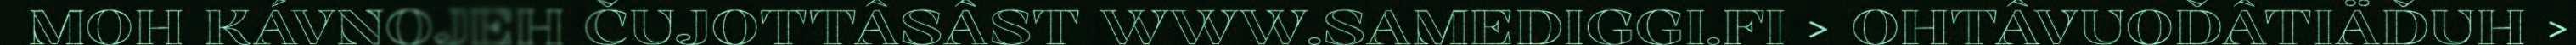
MOH KÁVNOJEH ČUJOTTÂSÂST WWW.SAMEDIGGI.FI > OHTÂVUOĐÂTIÄĐUH >